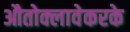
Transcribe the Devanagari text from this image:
औतोक्लावेकरके